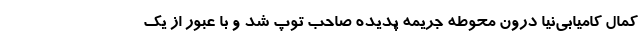
کمال کامیابی‌نیا درون محوطه جریمه پدیده صاحب توپ شد و با عبور از یک